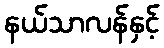
နယ်သာလန်နှင့်